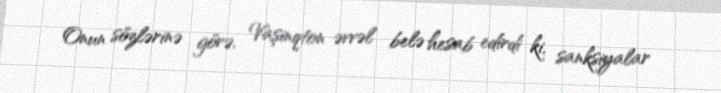
Onun sözlərinə görə, Vaşinqton əvvəl belə hesab edirdi ki, sanksiyalar